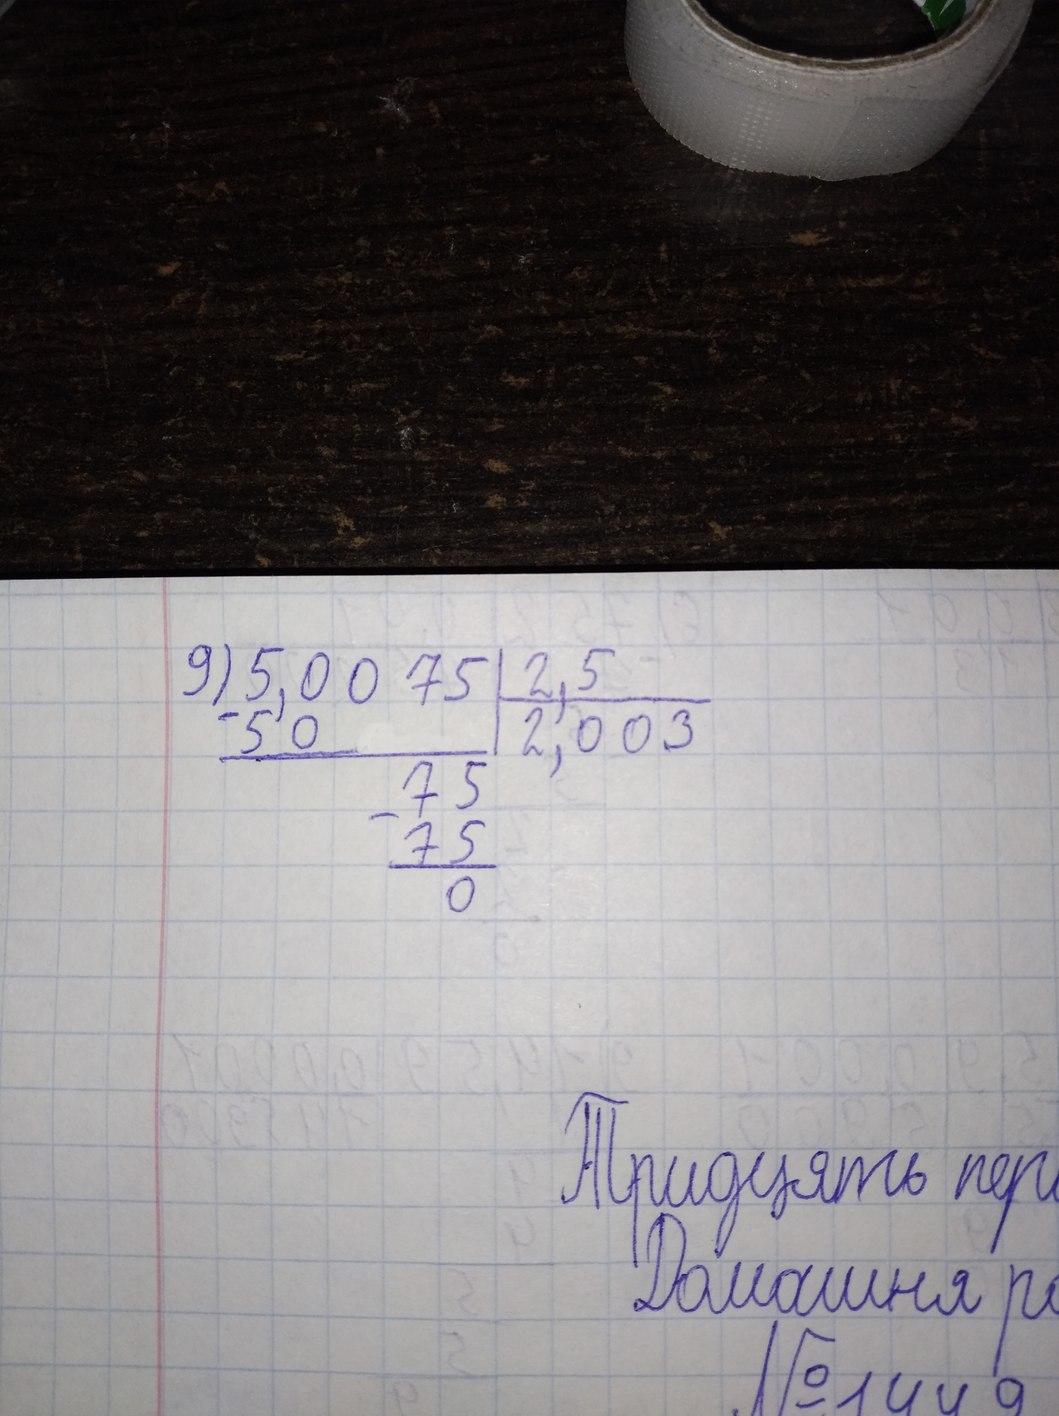
9) \begin{array}{r|l} 5,0075 & 2,5 \\ \cline{2-2} -50 & 2,003 \\ \cline{1-1} 75 & \\ -75 & \\ \cline{1-1} 0 & \end{array}
Тридцать пер
Домашня ро
№1449